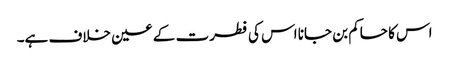
اس کا حاکم بن جانا اس کی فطرت کے عین خلاف ہے۔